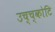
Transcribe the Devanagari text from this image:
उच्च्कोटि